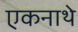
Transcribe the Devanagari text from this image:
एकनाथे